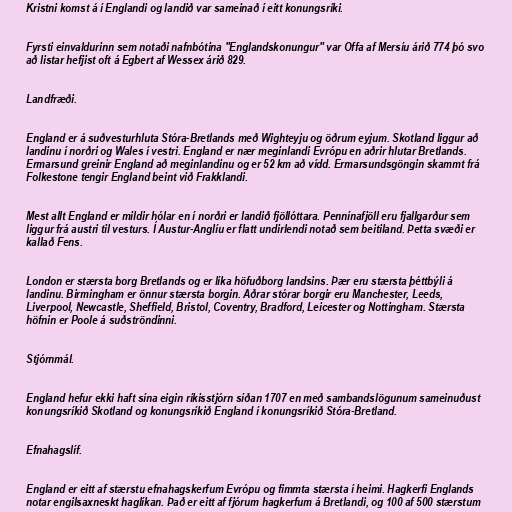
Kristni komst á í Englandi og landið var sameinað í eitt konungsríki.

Fyrsti einvaldurinn sem notaði nafnbótina "Englandskonungur" var Offa af Mersíu árið 774 þó svo
að listar hefjist oft á Egbert af Wessex árið 829.

Landfræði.

England er á suðvesturhluta Stóra-Bretlands með Wighteyju og öðrum eyjum. Skotland liggur að
landinu í norðri og Wales í vestri. England er nær meginlandi Evrópu en aðrir hlutar Bretlands.
Ermarsund greinir England að meginlandinu og er 52 km að vídd. Ermarsundsgöngin skammt frá
Folkestone tengir England beint við Frakklandi.

Mest allt England er mildir hólar en í norðri er landið fjöllóttara. Pennínafjöll eru fjallgarður sem
liggur frá austri til vesturs. Í Austur-Anglíu er flatt undirlendi notað sem beitiland. Þetta svæði er
kallað Fens.

London er stærsta borg Bretlands og er líka höfuðborg landsins. Þær eru stærsta þéttbýli á
landinu. Birmingham er önnur stærsta borgin. Aðrar stórar borgir eru Manchester, Leeds,
Liverpool, Newcastle, Sheffield, Bristol, Coventry, Bradford, Leicester og Nottingham. Stærsta
höfnin er Poole á suðströndinni.

Stjórnmál.

England hefur ekki haft sína eigin ríkisstjórn síðan 1707 en með sambandslögunum sameinuðust
konungsríkið Skotland og konungsríkið England í konungsríkið Stóra-Bretland.

Efnahagslíf.

England er eitt af stærstu efnahagskerfum Evrópu og fimmta stærsta í heimi. Hagkerfi Englands
notar engilsaxneskt haglíkan. Það er eitt af fjórum hagkerfum á Bretlandi, og 100 af 500 stærstum